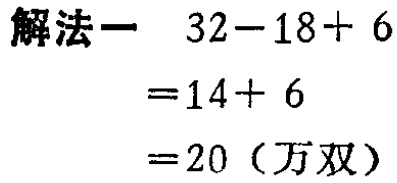
解法一 \(32 - 18 + 6\)

\(= 14 + 6\)

\(= 20\)（万双）